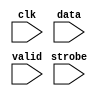
//Legal Notice: (C)2014 Altera Corporation. All rights reserved.  Your
//use of Altera Corporation's design tools, logic functions and other
//software and tools, and its AMPP partner logic functions, and any
//output files any of the foregoing (including device programming or
//simulation files), and any associated documentation or information are
//expressly subject to the terms and conditions of the Altera Program
//License Subscription Agreement or other applicable license agreement,
//including, without limitation, that your use is for the sole purpose
//of programming logic devices manufactured by Altera and sold by Altera
//or its authorized distributors.  Please refer to the applicable
//agreement for further details.

// synthesis translate_off
`timescale 1ns / 1ps
// synthesis translate_on

// turn off superfluous verilog processor warnings 
// altera message_level Level1 
// altera message_off 10034 10035 10036 10037 10230 10240 10030 

module niosII_system_jtag_uart_0_log_module (
                                              // inputs:
                                               clk,
                                               data,
                                               strobe,
                                               valid
                                            )
;

  input            clk;
  input   [  7: 0] data;
  input            strobe;
  input            valid;


//synthesis translate_off
//////////////// SIMULATION-ONLY CONTENTS
   reg [31:0] text_handle; // for $fopen
   initial text_handle = $fopen ("niosII_system_jtag_uart_0_output_stream.dat");

   always @(posedge clk) begin
      if (valid && strobe) begin
	 $fwrite (text_handle, "%b\n", data);
	 // non-standard; poorly documented; required to get real data stream.
	 $fflush (text_handle);
      end
   end // clk


//////////////// END SIMULATION-ONLY CONTENTS

//synthesis translate_on

endmodule


// synthesis translate_off
`timescale 1ns / 1ps
// synthesis translate_on

// turn off superfluous verilog processor warnings 
// altera message_level Level1 
// altera message_off 10034 10035 10036 10037 10230 10240 10030 

module niosII_system_jtag_uart_0_sim_scfifo_w (
                                                // inputs:
                                                 clk,
                                                 fifo_wdata,
                                                 fifo_wr,

                                                // outputs:
                                                 fifo_FF,
                                                 r_dat,
                                                 wfifo_empty,
                                                 wfifo_used
                                              )
;

  output           fifo_FF;
  output  [  7: 0] r_dat;
  output           wfifo_empty;
  output  [  5: 0] wfifo_used;
  input            clk;
  input   [  7: 0] fifo_wdata;
  input            fifo_wr;

  wire             fifo_FF;
  wire    [  7: 0] r_dat;
  wire             wfifo_empty;
  wire    [  5: 0] wfifo_used;

//synthesis translate_off
//////////////// SIMULATION-ONLY CONTENTS
  //niosII_system_jtag_uart_0_log, which is an e_log
  niosII_system_jtag_uart_0_log_module niosII_system_jtag_uart_0_log
    (
      .clk    (clk),
      .data   (fifo_wdata),
      .strobe (fifo_wr),
      .valid  (fifo_wr)
    );

  assign wfifo_used = {6{1'b0}};
  assign r_dat = {8{1'b0}};
  assign fifo_FF = 1'b0;
  assign wfifo_empty = 1'b1;

//////////////// END SIMULATION-ONLY CONTENTS

//synthesis translate_on

endmodule


// synthesis translate_off
`timescale 1ns / 1ps
// synthesis translate_on

// turn off superfluous verilog processor warnings 
// altera message_level Level1 
// altera message_off 10034 10035 10036 10037 10230 10240 10030 

module niosII_system_jtag_uart_0_scfifo_w (
                                            // inputs:
                                             clk,
                                             fifo_clear,
                                             fifo_wdata,
                                             fifo_wr,
                                             rd_wfifo,

                                            // outputs:
                                             fifo_FF,
                                             r_dat,
                                             wfifo_empty,
                                             wfifo_used
                                          )
;

  output           fifo_FF;
  output  [  7: 0] r_dat;
  output           wfifo_empty;
  output  [  5: 0] wfifo_used;
  input            clk;
  input            fifo_clear;
  input   [  7: 0] fifo_wdata;
  input            fifo_wr;
  input            rd_wfifo;

  wire             fifo_FF;
  wire    [  7: 0] r_dat;
  wire             wfifo_empty;
  wire    [  5: 0] wfifo_used;

//synthesis translate_off
//////////////// SIMULATION-ONLY CONTENTS
  niosII_system_jtag_uart_0_sim_scfifo_w the_niosII_system_jtag_uart_0_sim_scfifo_w
    (
      .clk         (clk),
      .fifo_FF     (fifo_FF),
      .fifo_wdata  (fifo_wdata),
      .fifo_wr     (fifo_wr),
      .r_dat       (r_dat),
      .wfifo_empty (wfifo_empty),
      .wfifo_used  (wfifo_used)
    );


//////////////// END SIMULATION-ONLY CONTENTS

//synthesis translate_on
//synthesis read_comments_as_HDL on
//  scfifo wfifo
//    (
//      .aclr (fifo_clear),
//      .clock (clk),
//      .data (fifo_wdata),
//      .empty (wfifo_empty),
//      .full (fifo_FF),
//      .q (r_dat),
//      .rdreq (rd_wfifo),
//      .usedw (wfifo_used),
//      .wrreq (fifo_wr)
//    );
//
//  defparam wfifo.lpm_hint = "RAM_BLOCK_TYPE=AUTO",
//           wfifo.lpm_numwords = 64,
//           wfifo.lpm_showahead = "OFF",
//           wfifo.lpm_type = "scfifo",
//           wfifo.lpm_width = 8,
//           wfifo.lpm_widthu = 6,
//           wfifo.overflow_checking = "OFF",
//           wfifo.underflow_checking = "OFF",
//           wfifo.use_eab = "ON";
//
//synthesis read_comments_as_HDL off

endmodule


// synthesis translate_off
`timescale 1ns / 1ps
// synthesis translate_on

// turn off superfluous verilog processor warnings 
// altera message_level Level1 
// altera message_off 10034 10035 10036 10037 10230 10240 10030 

module niosII_system_jtag_uart_0_drom_module (
                                               // inputs:
                                                clk,
                                                incr_addr,
                                                reset_n,

                                               // outputs:
                                                new_rom,
                                                num_bytes,
                                                q,
                                                safe
                                             )
;

  parameter POLL_RATE = 100;


  output           new_rom;
  output  [ 31: 0] num_bytes;
  output  [  7: 0] q;
  output           safe;
  input            clk;
  input            incr_addr;
  input            reset_n;

  reg     [ 11: 0] address;
  reg              d1_pre;
  reg              d2_pre;
  reg              d3_pre;
  reg              d4_pre;
  reg              d5_pre;
  reg              d6_pre;
  reg              d7_pre;
  reg              d8_pre;
  reg              d9_pre;
  reg     [  7: 0] mem_array [2047: 0];
  reg     [ 31: 0] mutex [  1: 0];
  reg              new_rom;
  wire    [ 31: 0] num_bytes;
  reg              pre;
  wire    [  7: 0] q;
  wire             safe;

//synthesis translate_off
//////////////// SIMULATION-ONLY CONTENTS
  assign q = mem_array[address];
  always @(posedge clk or negedge reset_n)
    begin
      if (reset_n == 0)
        begin
          d1_pre <= 0;
          d2_pre <= 0;
          d3_pre <= 0;
          d4_pre <= 0;
          d5_pre <= 0;
          d6_pre <= 0;
          d7_pre <= 0;
          d8_pre <= 0;
          d9_pre <= 0;
          new_rom <= 0;
        end
      else 
        begin
          d1_pre <= pre;
          d2_pre <= d1_pre;
          d3_pre <= d2_pre;
          d4_pre <= d3_pre;
          d5_pre <= d4_pre;
          d6_pre <= d5_pre;
          d7_pre <= d6_pre;
          d8_pre <= d7_pre;
          d9_pre <= d8_pre;
          new_rom <= d9_pre;
        end
    end



   assign     num_bytes = mutex[1];
                   reg        safe_delay;
   reg [31:0] poll_count;
   reg [31:0] mutex_handle;
   wire       interactive = 1'b1 ; // '
   assign     safe = (address < mutex[1]);

   initial poll_count = POLL_RATE;

   always @(posedge clk or negedge reset_n) begin
      if (reset_n !== 1) begin
         safe_delay <= 0;
      end else begin
         safe_delay <= safe;
      end
   end // safe_delay

   always @(posedge clk or negedge reset_n) begin
      if (reset_n !== 1) begin  // dont worry about null _stream.dat file
         address <= 0;
         mem_array[0] <= 0;
         mutex[0] <= 0;
         mutex[1] <= 0;
         pre <= 0;
      end else begin            // deal with the non-reset case
         pre <= 0;
         if (incr_addr && safe) address <= address + 1;
         if (mutex[0] && !safe && safe_delay) begin
            // and blast the mutex after falling edge of safe if interactive
            if (interactive) begin
               mutex_handle = $fopen ("niosII_system_jtag_uart_0_input_mutex.dat");
               $fdisplay (mutex_handle, "0");
               $fclose (mutex_handle);
               // $display ($stime, "\t%m:\n\t\tMutex cleared!");
            end else begin
               // sleep until next reset, do not bash mutex.
               wait (!reset_n);
            end
         end // OK to bash mutex.
         if (poll_count < POLL_RATE) begin // wait
            poll_count = poll_count + 1;
         end else begin         // do the interesting stuff.
            poll_count = 0;
            if (mutex_handle) begin
            $readmemh ("niosII_system_jtag_uart_0_input_mutex.dat", mutex);
            end
            if (mutex[0] && !safe) begin
            // read stream into mem_array after current characters are gone!
               // save mutex[0] value to compare to address (generates 'safe')
               mutex[1] <= mutex[0];
               // $display ($stime, "\t%m:\n\t\tMutex hit: Trying to read %d bytes...", mutex[0]);
               $readmemb("niosII_system_jtag_uart_0_input_stream.dat", mem_array);
               // bash address and send pulse outside to send the char:
               address <= 0;
               pre <= -1;
            end // else mutex miss...
         end // poll_count
      end // reset
   end // posedge clk


//////////////// END SIMULATION-ONLY CONTENTS

//synthesis translate_on

endmodule


// synthesis translate_off
`timescale 1ns / 1ps
// synthesis translate_on

// turn off superfluous verilog processor warnings 
// altera message_level Level1 
// altera message_off 10034 10035 10036 10037 10230 10240 10030 

module niosII_system_jtag_uart_0_sim_scfifo_r (
                                                // inputs:
                                                 clk,
                                                 fifo_rd,
                                                 rst_n,

                                                // outputs:
                                                 fifo_EF,
                                                 fifo_rdata,
                                                 rfifo_full,
                                                 rfifo_used
                                              )
;

  output           fifo_EF;
  output  [  7: 0] fifo_rdata;
  output           rfifo_full;
  output  [  5: 0] rfifo_used;
  input            clk;
  input            fifo_rd;
  input            rst_n;

  reg     [ 31: 0] bytes_left;
  wire             fifo_EF;
  reg              fifo_rd_d;
  wire    [  7: 0] fifo_rdata;
  wire             new_rom;
  wire    [ 31: 0] num_bytes;
  wire    [  6: 0] rfifo_entries;
  wire             rfifo_full;
  wire    [  5: 0] rfifo_used;
  wire             safe;

//synthesis translate_off
//////////////// SIMULATION-ONLY CONTENTS
  //niosII_system_jtag_uart_0_drom, which is an e_drom
  niosII_system_jtag_uart_0_drom_module niosII_system_jtag_uart_0_drom
    (
      .clk       (clk),
      .incr_addr (fifo_rd_d),
      .new_rom   (new_rom),
      .num_bytes (num_bytes),
      .q         (fifo_rdata),
      .reset_n   (rst_n),
      .safe      (safe)
    );

  // Generate rfifo_entries for simulation
  always @(posedge clk or negedge rst_n)
    begin
      if (rst_n == 0)
        begin
          bytes_left <= 32'h0;
          fifo_rd_d <= 1'b0;
        end
      else 
        begin
          fifo_rd_d <= fifo_rd;
          // decrement on read
          if (fifo_rd_d)
              bytes_left <= bytes_left - 1'b1;
          // catch new contents
          if (new_rom)
              bytes_left <= num_bytes;
        end
    end


  assign fifo_EF = bytes_left == 32'b0;
  assign rfifo_full = bytes_left > 7'h40;
  assign rfifo_entries = (rfifo_full) ? 7'h40 : bytes_left;
  assign rfifo_used = rfifo_entries[5 : 0];

//////////////// END SIMULATION-ONLY CONTENTS

//synthesis translate_on

endmodule


// synthesis translate_off
`timescale 1ns / 1ps
// synthesis translate_on

// turn off superfluous verilog processor warnings 
// altera message_level Level1 
// altera message_off 10034 10035 10036 10037 10230 10240 10030 

module niosII_system_jtag_uart_0_scfifo_r (
                                            // inputs:
                                             clk,
                                             fifo_clear,
                                             fifo_rd,
                                             rst_n,
                                             t_dat,
                                             wr_rfifo,

                                            // outputs:
                                             fifo_EF,
                                             fifo_rdata,
                                             rfifo_full,
                                             rfifo_used
                                          )
;

  output           fifo_EF;
  output  [  7: 0] fifo_rdata;
  output           rfifo_full;
  output  [  5: 0] rfifo_used;
  input            clk;
  input            fifo_clear;
  input            fifo_rd;
  input            rst_n;
  input   [  7: 0] t_dat;
  input            wr_rfifo;

  wire             fifo_EF;
  wire    [  7: 0] fifo_rdata;
  wire             rfifo_full;
  wire    [  5: 0] rfifo_used;

//synthesis translate_off
//////////////// SIMULATION-ONLY CONTENTS
  niosII_system_jtag_uart_0_sim_scfifo_r the_niosII_system_jtag_uart_0_sim_scfifo_r
    (
      .clk        (clk),
      .fifo_EF    (fifo_EF),
      .fifo_rd    (fifo_rd),
      .fifo_rdata (fifo_rdata),
      .rfifo_full (rfifo_full),
      .rfifo_used (rfifo_used),
      .rst_n      (rst_n)
    );


//////////////// END SIMULATION-ONLY CONTENTS

//synthesis translate_on
//synthesis read_comments_as_HDL on
//  scfifo rfifo
//    (
//      .aclr (fifo_clear),
//      .clock (clk),
//      .data (t_dat),
//      .empty (fifo_EF),
//      .full (rfifo_full),
//      .q (fifo_rdata),
//      .rdreq (fifo_rd),
//      .usedw (rfifo_used),
//      .wrreq (wr_rfifo)
//    );
//
//  defparam rfifo.lpm_hint = "RAM_BLOCK_TYPE=AUTO",
//           rfifo.lpm_numwords = 64,
//           rfifo.lpm_showahead = "OFF",
//           rfifo.lpm_type = "scfifo",
//           rfifo.lpm_width = 8,
//           rfifo.lpm_widthu = 6,
//           rfifo.overflow_checking = "OFF",
//           rfifo.underflow_checking = "OFF",
//           rfifo.use_eab = "ON";
//
//synthesis read_comments_as_HDL off

endmodule


// synthesis translate_off
`timescale 1ns / 1ps
// synthesis translate_on

// turn off superfluous verilog processor warnings 
// altera message_level Level1 
// altera message_off 10034 10035 10036 10037 10230 10240 10030 

module niosII_system_jtag_uart_0 (
                                   // inputs:
                                    av_address,
                                    av_chipselect,
                                    av_read_n,
                                    av_write_n,
                                    av_writedata,
                                    clk,
                                    rst_n,

                                   // outputs:
                                    av_irq,
                                    av_readdata,
                                    av_waitrequest,
                                    dataavailable,
                                    readyfordata
                                 )
  /* synthesis ALTERA_ATTRIBUTE = "SUPPRESS_DA_RULE_INTERNAL=\"R101,C106,D101,D103\"" */ ;

  output           av_irq;
  output  [ 31: 0] av_readdata;
  output           av_waitrequest;
  output           dataavailable;
  output           readyfordata;
  input            av_address;
  input            av_chipselect;
  input            av_read_n;
  input            av_write_n;
  input   [ 31: 0] av_writedata;
  input            clk;
  input            rst_n;

  reg              ac;
  wire             activity;
  wire             av_irq;
  wire    [ 31: 0] av_readdata;
  reg              av_waitrequest;
  reg              dataavailable;
  reg              fifo_AE;
  reg              fifo_AF;
  wire             fifo_EF;
  wire             fifo_FF;
  wire             fifo_clear;
  wire             fifo_rd;
  wire    [  7: 0] fifo_rdata;
  wire    [  7: 0] fifo_wdata;
  reg              fifo_wr;
  reg              ien_AE;
  reg              ien_AF;
  wire             ipen_AE;
  wire             ipen_AF;
  reg              pause_irq;
  wire    [  7: 0] r_dat;
  wire             r_ena;
  reg              r_val;
  wire             rd_wfifo;
  reg              read_0;
  reg              readyfordata;
  wire             rfifo_full;
  wire    [  5: 0] rfifo_used;
  reg              rvalid;
  reg              sim_r_ena;
  reg              sim_t_dat;
  reg              sim_t_ena;
  reg              sim_t_pause;
  wire    [  7: 0] t_dat;
  reg              t_dav;
  wire             t_ena;
  wire             t_pause;
  wire             wfifo_empty;
  wire    [  5: 0] wfifo_used;
  reg              woverflow;
  wire             wr_rfifo;
  //avalon_jtag_slave, which is an e_avalon_slave
  assign rd_wfifo = r_ena & ~wfifo_empty;
  assign wr_rfifo = t_ena & ~rfifo_full;
  assign fifo_clear = ~rst_n;
  niosII_system_jtag_uart_0_scfifo_w the_niosII_system_jtag_uart_0_scfifo_w
    (
      .clk         (clk),
      .fifo_FF     (fifo_FF),
      .fifo_clear  (fifo_clear),
      .fifo_wdata  (fifo_wdata),
      .fifo_wr     (fifo_wr),
      .r_dat       (r_dat),
      .rd_wfifo    (rd_wfifo),
      .wfifo_empty (wfifo_empty),
      .wfifo_used  (wfifo_used)
    );

  niosII_system_jtag_uart_0_scfifo_r the_niosII_system_jtag_uart_0_scfifo_r
    (
      .clk        (clk),
      .fifo_EF    (fifo_EF),
      .fifo_clear (fifo_clear),
      .fifo_rd    (fifo_rd),
      .fifo_rdata (fifo_rdata),
      .rfifo_full (rfifo_full),
      .rfifo_used (rfifo_used),
      .rst_n      (rst_n),
      .t_dat      (t_dat),
      .wr_rfifo   (wr_rfifo)
    );

  assign ipen_AE = ien_AE & fifo_AE;
  assign ipen_AF = ien_AF & (pause_irq | fifo_AF);
  assign av_irq = ipen_AE | ipen_AF;
  assign activity = t_pause | t_ena;
  always @(posedge clk or negedge rst_n)
    begin
      if (rst_n == 0)
          pause_irq <= 1'b0;
      else // only if fifo is not empty...
      if (t_pause & ~fifo_EF)
          pause_irq <= 1'b1;
      else if (read_0)
          pause_irq <= 1'b0;
    end


  always @(posedge clk or negedge rst_n)
    begin
      if (rst_n == 0)
        begin
          r_val <= 1'b0;
          t_dav <= 1'b1;
        end
      else 
        begin
          r_val <= r_ena & ~wfifo_empty;
          t_dav <= ~rfifo_full;
        end
    end


  always @(posedge clk or negedge rst_n)
    begin
      if (rst_n == 0)
        begin
          fifo_AE <= 1'b0;
          fifo_AF <= 1'b0;
          fifo_wr <= 1'b0;
          rvalid <= 1'b0;
          read_0 <= 1'b0;
          ien_AE <= 1'b0;
          ien_AF <= 1'b0;
          ac <= 1'b0;
          woverflow <= 1'b0;
          av_waitrequest <= 1'b1;
        end
      else 
        begin
          fifo_AE <= {fifo_FF,wfifo_used} <= 8;
          fifo_AF <= (7'h40 - {rfifo_full,rfifo_used}) <= 8;
          fifo_wr <= 1'b0;
          read_0 <= 1'b0;
          av_waitrequest <= ~(av_chipselect & (~av_write_n | ~av_read_n) & av_waitrequest);
          if (activity)
              ac <= 1'b1;
          // write
          if (av_chipselect & ~av_write_n & av_waitrequest)
              // addr 1 is control; addr 0 is data
              if (av_address)
                begin
                  ien_AF <= av_writedata[0];
                  ien_AE <= av_writedata[1];
                  if (av_writedata[10] & ~activity)
                      ac <= 1'b0;
                end
              else 
                begin
                  fifo_wr <= ~fifo_FF;
                  woverflow <= fifo_FF;
                end
          // read
          if (av_chipselect & ~av_read_n & av_waitrequest)
            begin
              // addr 1 is interrupt; addr 0 is data
              if (~av_address)
                  rvalid <= ~fifo_EF;
              read_0 <= ~av_address;
            end
        end
    end


  assign fifo_wdata = av_writedata[7 : 0];
  assign fifo_rd = (av_chipselect & ~av_read_n & av_waitrequest & ~av_address) ? ~fifo_EF : 1'b0;
  assign av_readdata = read_0 ? { {9{1'b0}},rfifo_full,rfifo_used,rvalid,woverflow,~fifo_FF,~fifo_EF,1'b0,ac,ipen_AE,ipen_AF,fifo_rdata } : { {9{1'b0}},(7'h40 - {fifo_FF,wfifo_used}),rvalid,woverflow,~fifo_FF,~fifo_EF,1'b0,ac,ipen_AE,ipen_AF,{6{1'b0}},ien_AE,ien_AF };
  always @(posedge clk or negedge rst_n)
    begin
      if (rst_n == 0)
          readyfordata <= 0;
      else 
        readyfordata <= ~fifo_FF;
    end



//synthesis translate_off
//////////////// SIMULATION-ONLY CONTENTS
  // Tie off Atlantic Interface signals not used for simulation
  always @(posedge clk)
    begin
      sim_t_pause <= 1'b0;
      sim_t_ena <= 1'b0;
      sim_t_dat <= t_dav ? r_dat : {8{r_val}};
      sim_r_ena <= 1'b0;
    end


  assign r_ena = sim_r_ena;
  assign t_ena = sim_t_ena;
  assign t_dat = sim_t_dat;
  assign t_pause = sim_t_pause;
  always @(fifo_EF)
    begin
      dataavailable = ~fifo_EF;
    end



//////////////// END SIMULATION-ONLY CONTENTS

//synthesis translate_on
//synthesis read_comments_as_HDL on
//  alt_jtag_atlantic niosII_system_jtag_uart_0_alt_jtag_atlantic
//    (
//      .clk (clk),
//      .r_dat (r_dat),
//      .r_ena (r_ena),
//      .r_val (r_val),
//      .rst_n (rst_n),
//      .t_dat (t_dat),
//      .t_dav (t_dav),
//      .t_ena (t_ena),
//      .t_pause (t_pause)
//    );
//
//  defparam niosII_system_jtag_uart_0_alt_jtag_atlantic.INSTANCE_ID = 0,
//           niosII_system_jtag_uart_0_alt_jtag_atlantic.LOG2_RXFIFO_DEPTH = 6,
//           niosII_system_jtag_uart_0_alt_jtag_atlantic.LOG2_TXFIFO_DEPTH = 6,
//           niosII_system_jtag_uart_0_alt_jtag_atlantic.SLD_AUTO_INSTANCE_INDEX = "YES";
//
//  always @(posedge clk or negedge rst_n)
//    begin
//      if (rst_n == 0)
//          dataavailable <= 0;
//      else 
//        dataavailable <= ~fifo_EF;
//    end
//
//
//synthesis read_comments_as_HDL off

endmodule